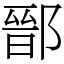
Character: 鄑